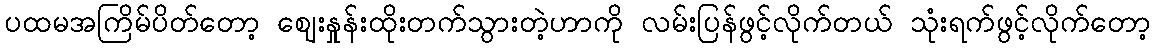
ပထမအကြိမ်ပိတ်တော့ ဈေးနှုန်းထိုးတက်သွားတဲ့ဟာကို လမ်းပြန်ဖွင့်လိုက်တယ် သုံးရက်ဖွင့်လိုက်တော့